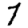
Digit: 7